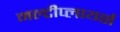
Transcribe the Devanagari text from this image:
मल्टीप्लायर्स